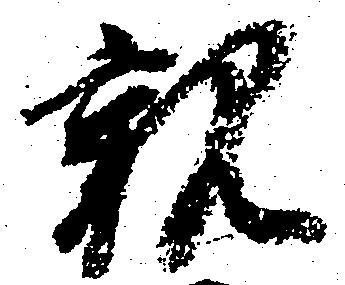
親